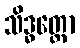
သိဒ္ဓတ္ထော